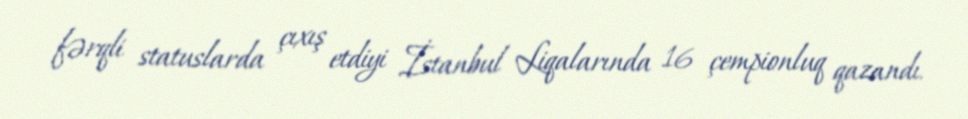
fərqli statuslarda çıxış etdiyi İstanbul Liqalarında 16 çempionluq qazandı.